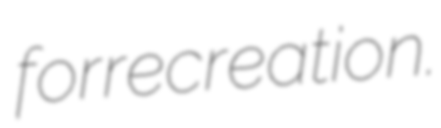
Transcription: for recreation.